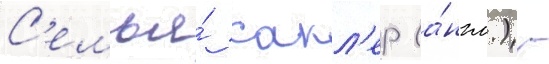
С'емья́ сакл'ер (а́нгл.) -